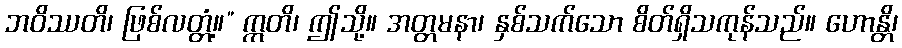
ဘဝိဿတိ၊ ဖြစ်လတ္တံ့။” ဣတိ၊ ဤသို့။ အတ္တမနာ၊ နှစ်သက်သော စိတ်ရှိသကုန်သည်။ ဟောန္တိ၊